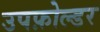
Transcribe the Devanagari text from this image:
उपफ़ोल्डर